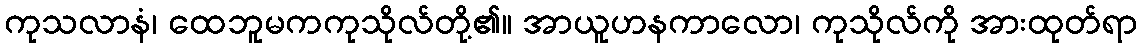
ကုသလာနံ၊ ထေဘူမကကုသိုလ်တို့၏။ အာယူဟနကာလော၊ ကုသိုလ်ကို အားထုတ်ရာ